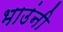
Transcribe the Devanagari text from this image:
भाउंनी